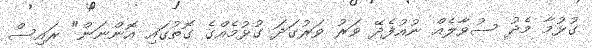
ގުޅުމާ މެދު ސުވާލެއް ނުއުފެދޭ ވަރު ވަރުގަދަ ގުޅުމެއްގެ ގޮތުގައި އޮންނަން" ރައިސް